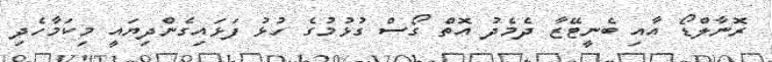
ރޮނާލްޑޯ އާއި ބެނީޓޭޒާ ދެމެދު އޮތް ގޯސް ގުޅުމުގެ ހުޅު ފަޅައިގެންދިޔައީ މިކަމާހެދި